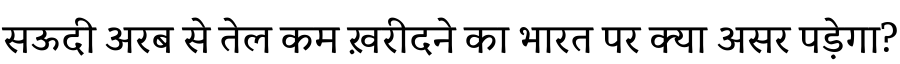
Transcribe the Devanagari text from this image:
सऊदी अरब से तेल कम ख़रीदने का भारत पर क्या असर पड़ेगा?